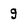
Character: 9